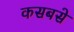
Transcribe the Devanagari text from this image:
कसबसे